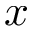
x